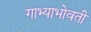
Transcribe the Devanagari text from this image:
गाभ्याभोवती